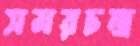
সমরচন্দ্র